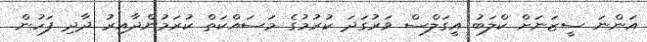
އަންނަ ސީޒަނަށް ކްލަބު އީގަލްސް ވަރުގަދަ ކުރުމުގެ މަސައްކަތް ކުރަމުންދާއިރު ދާދި ފަހުން